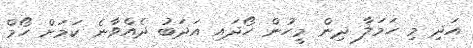
އަދި މި ހަމަލާ ދިން މީހުން ހޯދައި އަދަބު ދެއްވާނެ ކަމަށް ހޯމް